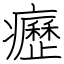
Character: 癧